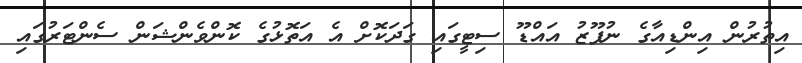
އިތުރުން އިންޑިއާގެ ނުފޫޒު އައްޑޫ ސިޓީގައި ގަދަކޮށް އެ އަތޮޅުގެ ކޮންވެންޝަން ސެންޓަރުގައި